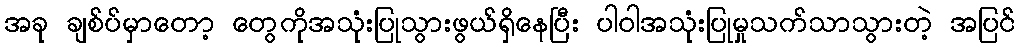
အခု ချစ်ပ်မှာတော့ တွေကိုအသုံးပြုသွားဖွယ်ရှိနေပြီး ပါဝါအသုံးပြုမှုသက်သာသွားတဲ့ အပြင်